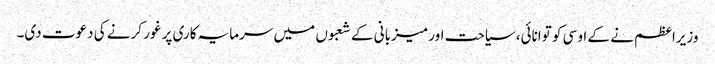
وزیراعظم نے کے او سی کو توانائی، سیاحت اور میزبانی کے شعبوں میں سرمایہ کاری پر غور کرنے کی دعوت دی۔